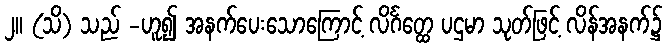
၂။ (သိ) သည် -ဟူ၍ အနက်ပေးသောကြောင့် လိင်္ဂတ္ထေ ပဌမာ သုတ်ဖြင့် လိန်အနက်၌